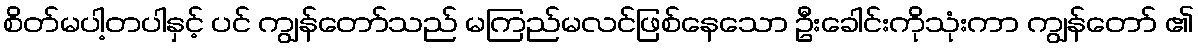
စိတ်မပါ့တပါနှင့် ပင် ကျွန်တော်သည် မကြည်မလင်ဖြစ်နေသော ဦးခေါင်းကိုသုံးကာ ကျွန်တော် ၏